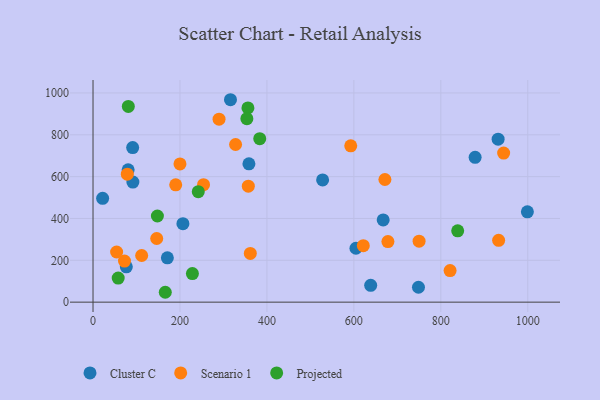
{"axis": {"x": "Speed", "y": "Yield"}, "legend": ["Cluster C", "Projected", "Scenario 1"], "data": [{"x": "316.2", "y": 967.6, "type": "Cluster C"}, {"x": "80.8", "y": 632.4, "type": "Cluster C"}, {"x": "999.1", "y": 431.9, "type": "Cluster C"}, {"x": "878.9", "y": 692.4, "type": "Cluster C"}, {"x": "22.1", "y": 496.3, "type": "Cluster C"}, {"x": "91.7", "y": 574.1, "type": "Cluster C"}, {"x": "667.4", "y": 393.0, "type": "Cluster C"}, {"x": "604.8", "y": 257.6, "type": "Cluster C"}, {"x": "206.8", "y": 374.9, "type": "Cluster C"}, {"x": "931.8", "y": 778.9, "type": "Cluster C"}, {"x": "358.6", "y": 661.2, "type": "Cluster C"}, {"x": "748.6", "y": 71.3, "type": "Cluster C"}, {"x": "638.7", "y": 80.5, "type": "Cluster C"}, {"x": "171.0", "y": 211.7, "type": "Cluster C"}, {"x": "91.2", "y": 739.1, "type": "Cluster C"}, {"x": "528.1", "y": 584.3, "type": "Cluster C"}, {"x": "76.6", "y": 168.8, "type": "Cluster C"}, {"x": "933.0", "y": 295.3, "type": "Scenario 1"}, {"x": "72.4", "y": 196.3, "type": "Scenario 1"}, {"x": "821.3", "y": 151.1, "type": "Scenario 1"}, {"x": "254.2", "y": 561.3, "type": "Scenario 1"}, {"x": "678.3", "y": 289.6, "type": "Scenario 1"}, {"x": "671.4", "y": 586.2, "type": "Scenario 1"}, {"x": "750.0", "y": 291.3, "type": "Scenario 1"}, {"x": "327.9", "y": 753.6, "type": "Scenario 1"}, {"x": "361.8", "y": 232.8, "type": "Scenario 1"}, {"x": "190.2", "y": 560.6, "type": "Scenario 1"}, {"x": "357.2", "y": 554.4, "type": "Scenario 1"}, {"x": "621.7", "y": 269.8, "type": "Scenario 1"}, {"x": "944.5", "y": 712.5, "type": "Scenario 1"}, {"x": "54.3", "y": 239.6, "type": "Scenario 1"}, {"x": "78.9", "y": 611.6, "type": "Scenario 1"}, {"x": "289.9", "y": 874.6, "type": "Scenario 1"}, {"x": "592.8", "y": 747.1, "type": "Scenario 1"}, {"x": "146.5", "y": 304.3, "type": "Scenario 1"}, {"x": "200.0", "y": 660.9, "type": "Scenario 1"}, {"x": "111.9", "y": 222.9, "type": "Scenario 1"}, {"x": "383.5", "y": 781.6, "type": "Projected"}, {"x": "356.3", "y": 928.6, "type": "Projected"}, {"x": "57.9", "y": 115.2, "type": "Projected"}, {"x": "353.9", "y": 877.0, "type": "Projected"}, {"x": "242.1", "y": 528.0, "type": "Projected"}, {"x": "166.2", "y": 47.2, "type": "Projected"}, {"x": "838.8", "y": 340.8, "type": "Projected"}, {"x": "228.6", "y": 136.8, "type": "Projected"}, {"x": "81.2", "y": 935.5, "type": "Projected"}, {"x": "148.1", "y": 411.7, "type": "Projected"}]}